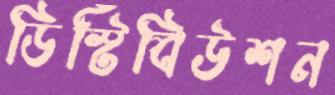
ডিস্টিবিউশন